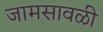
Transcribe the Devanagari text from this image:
जामसावळी